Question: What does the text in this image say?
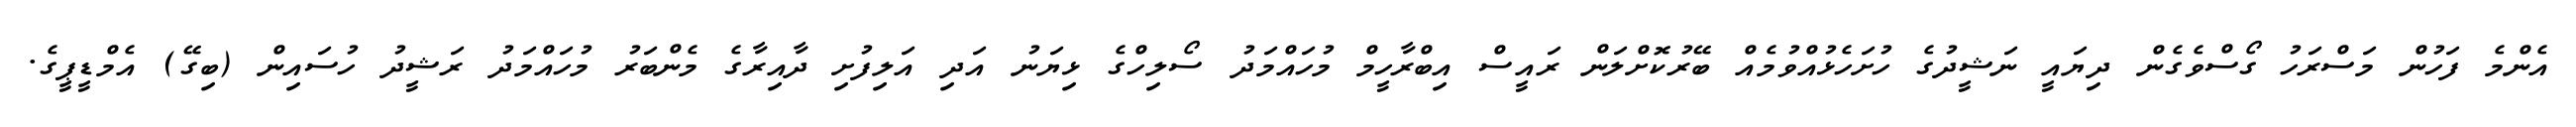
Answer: އެންމެ ފަހުން މަސްރަހު ގޯސްވެގެން ދިޔައީ ނަޝީދުގެ ހުށަހެޅުއްވުމެއް ބޭރުކޮށްލަން ރައީސް އިބްރާހީމް މުހައްމަދު ސޯލިހްގެ ޅިޔަނު އަދި އަލިފުށި ދާއިރާގެ މެންބަރު މުހައްމަދު ރަޝީދު ހުސައިން (ބިގޭ) އެމްޑީޕީގެ.